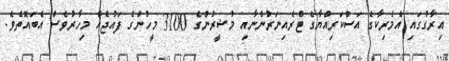
އިރާގުގައި އެމެރިކާގެ އަސްކަރިއްޔާގެ ޓްރެއިނަރުންނާއި މުޝީރުންގެ 3100 މީހުންގެ ފައުޖެއް މިހާރުވެސް އެބައޮތެވެ.